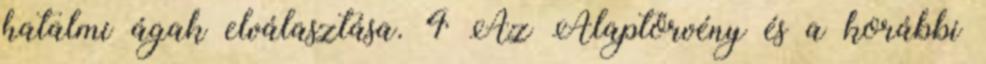
hatalmi ágak elválasztása. 4 Az Alaptörvény és a korábbi